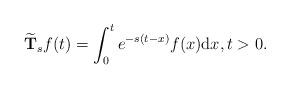
LaTeX: \begin{align*} \widetilde{\textbf{T}}_sf(t)=\int_{0}^{t}e^{-s(t-x)}f(x){\rm d}x, t>0.\end{align*}